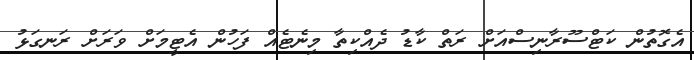
އެގޮތުން ކަޓްސޫރާނިސްއަށް ރަތް ކާޑު ދެއްކިތާ މިނެޓެއް ފަހުން އެޓީމަށް ވަރަށް ރަނގަޅު